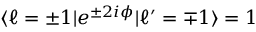
\langle \ell = \pm 1 | e ^ { \pm 2 i \phi } | \ell ^ { \prime } = \mp 1 \rangle = 1